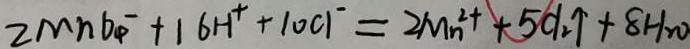
2 M n O ^ { - } _ { 4 } + 1 6 H ^ { + } + 1 0 c 1 ^ { - } = 2 M n ^ { 2 + } + 5 C l _ { 2 } \uparrow + 8 H _ { 2 } 0